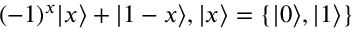
( - 1 ) ^ { x } | x \rangle + | 1 - x \rangle , | x \rangle = \{ | 0 \rangle , | 1 \rangle \}